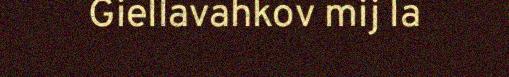
Giellavahkov mij la